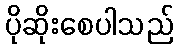
ပိုဆိုးစေပါသည်